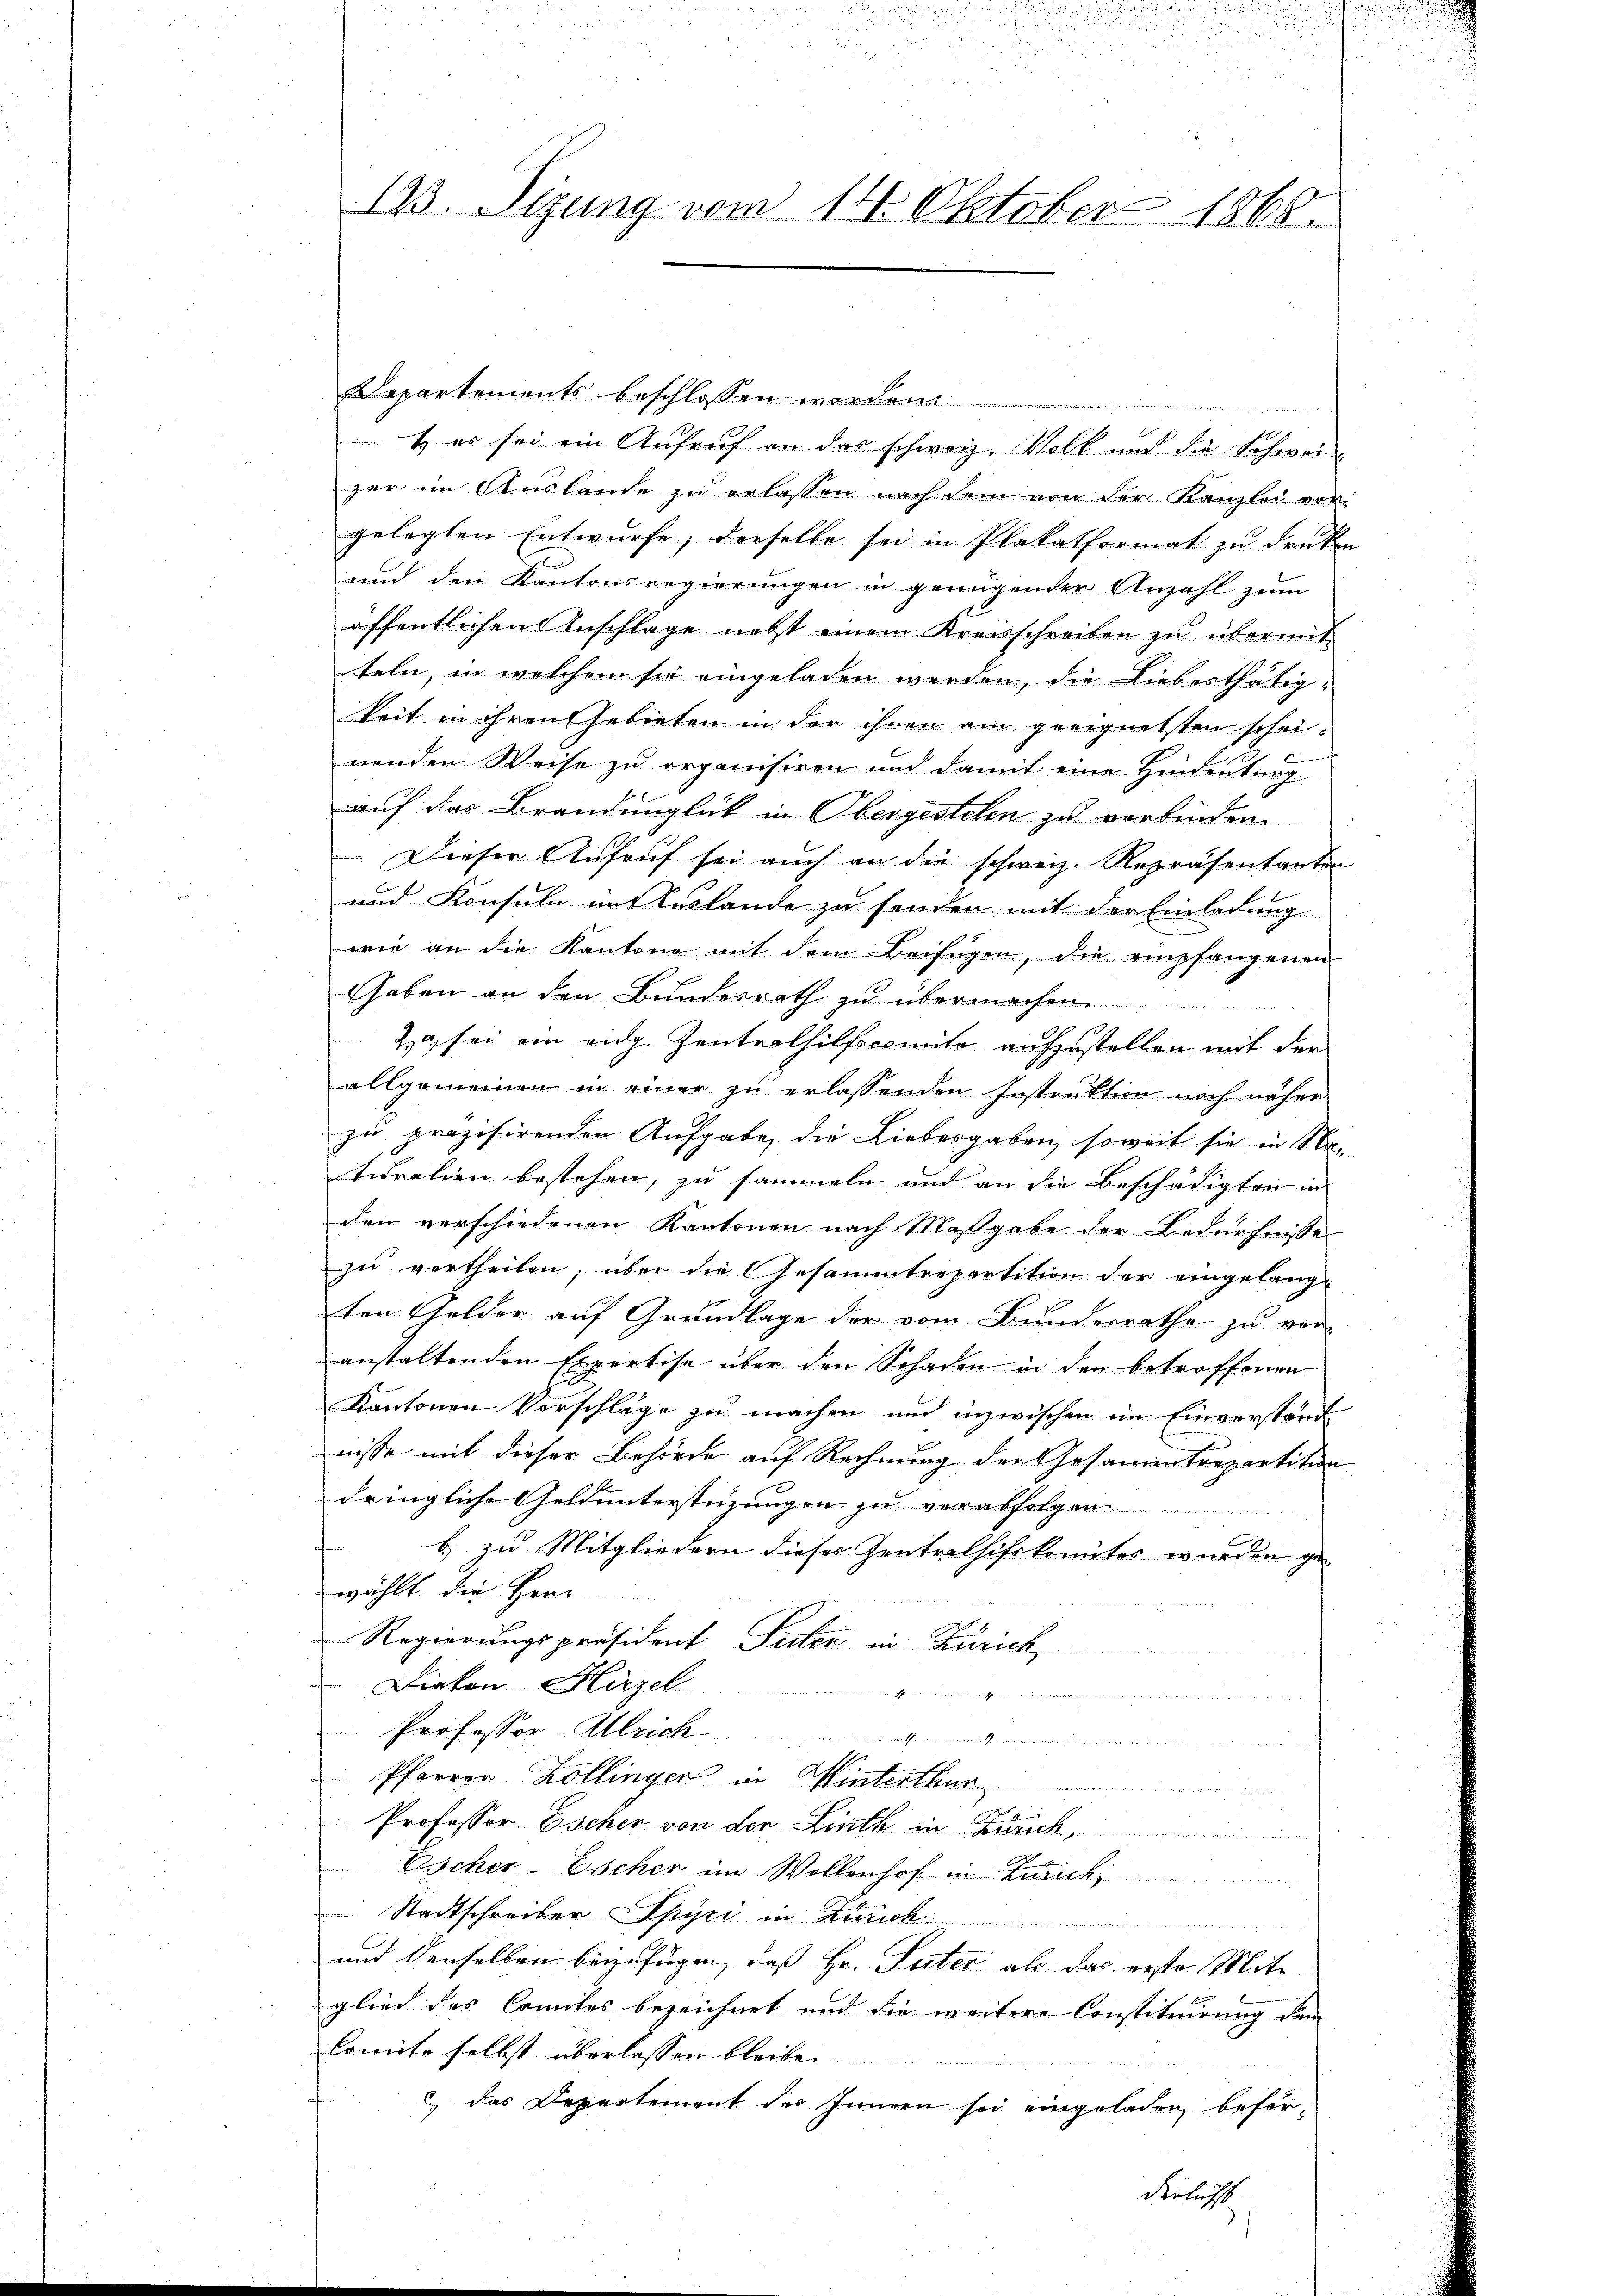
123. Sizung vom 14. Oktober 1868.

Departements beschlossen worden.

t er sei ein Aufruf an das schweiz. Volk und die Schwei
ger im Auslande zu erlassen nach sein von der Kanzlei von
gelegten Entwurfe, derselbe sei in Plakatformat zu denken
und den Kantonsregierungen in genügender Anzahl zum
öffentlichen Anschlage nebst einem Kreisschreiben zu übermitteln, in welchem sie eingeladen werden, die Lieberthätig-
keit in ihren Gebieten in der ihnen am geeignetsten scheinenden Weise zu organisiren und damit eine Hindeutung
auf das Brandunglück in Obergestelen zu verbinden.
Dieser Aufruf sei auch an die schweiz. Repräsentanten
und Konsula mit Auslande zu senden mit der Einladung
wie an die Kantone mit dem Beifügen, die empfangenen
haben an den Bundesrath zu übermachen.
2 sei ein eidg. Zentralhilfscomite aufzustellen mit der
allgemeinen in einer zu erlassenden Instruktion noch näher
zu präzisirenden Aufgabe, die Liebesgaben, soweit sie in Naturalien bestehen, zu sammeln und an die Beschädigten in
den verschiedenen Kantonen nach Maßgabe der Bedürfnisse
zu vertheilen; über die Gesammtrepartition der eingelang-
ten Golder auf Grundlage der vom Bundesrathe zu ver-
anstaltenden Expertise über den Schaden in den betroffenen
Kantonen Vorschläge zu machen und inzwischen im Einverstand
nisse mit dieser Behörde auf Rechnung der Gesammentrepartition
dringliche Geldunterstüzungen zu verabfolgen
b) zu Mitgliedern dieses Zentralsifskomites wurden gewählt die Herr
Regierungspräsident Peter in Zürich
Diakon Hirzel
u
Professor Alrich
 en recht an die geht in der den und in den we
Pfarrer Kollinger in Winterthur

Professor Escher von der Linth in Zürich,
ie Sachen einem
Escher-Escher im Wollenhof in Zürich
Stadtschreiber Spyri in Zürich

und denselben beizufügen, daß Hr. Suter als das erste Mit-
glied des Comites bezeichnet und die weitere Constituirung dem
Comite selbst überlassen bleiben
 das Departement des Innern sei eingeladen beför-

derlicht